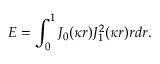
E = \int _ { 0 } ^ { 1 } J _ { 0 } ( \kappa r ) J _ { 1 } ^ { 2 } ( \kappa r ) r d r .